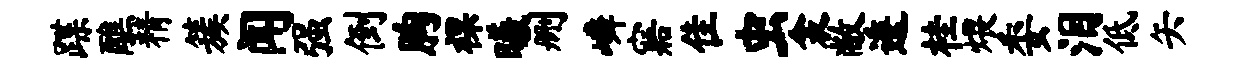
蹀醮精簇闻强倒胸裸曦删嶙寤隹虫衾敝逶桂煨委泪低矢